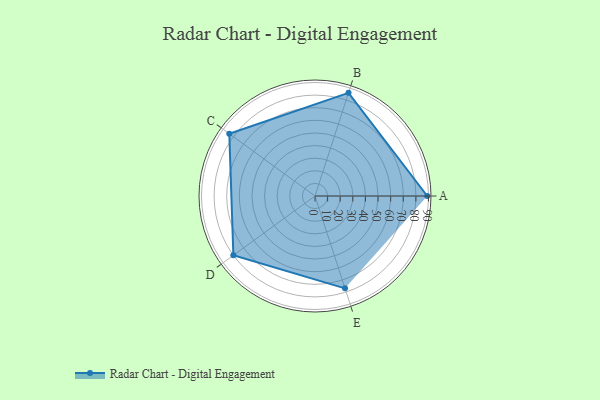
{"axis": {"x": "Skill", "y": "Score"}, "legend": ["Profile"], "data": [{"x": "A", "y": 89.0, "type": "Profile"}, {"x": "B", "y": 86.0, "type": "Profile"}, {"x": "C", "y": 84.0, "type": "Profile"}, {"x": "D", "y": 80.0, "type": "Profile"}, {"x": "E", "y": 77.0, "type": "Profile"}]}